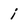
Character: i